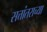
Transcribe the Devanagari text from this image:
सत्तांतराच्या